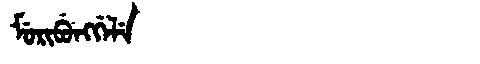
Manchu: ᠮᡠᡵᡳᠪᡠᠩᡤᡝᠯᡝ
Romanization: MURIBUNGGELE